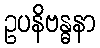
ဥပနိဗန္ဓနာ